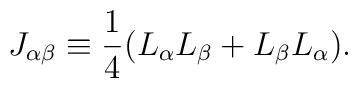
J_{\alpha\beta}\equiv \frac{1}{4}(L_{\alpha}L_{\beta}+L_{\beta}L_{\alpha}).